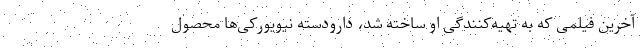
آخرین فیلمی که به تهیه‌کنندگی او ساخته شد، دارودسته نیویورکی‌ها محصول